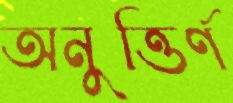
অনুত্তির্ণ